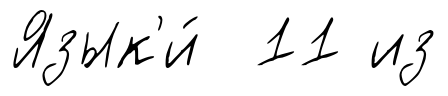
Язык'и́ 11 из